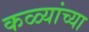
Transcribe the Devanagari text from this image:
कळ्यांच्या